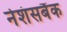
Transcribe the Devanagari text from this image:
नेशंसबैंक